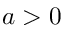
a > 0